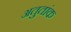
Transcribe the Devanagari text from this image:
अतुतांक